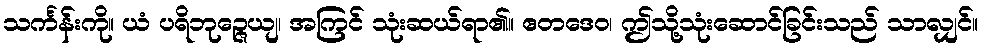
သင်္ကန်းကို။ ယံ ပရိဘုဉ္ဇေယျ၊ အကြင် သုံးဆယ်ရာ၏။ ဧတဒေဝ၊ ဤသို့သုံးဆောင်ခြင်းသည် သာလျှင်။